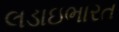
લડાઇભારત